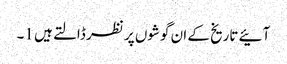
آئیے تاریخ کے ان گوشوں پر نظر ڈالتے ہیں 1۔